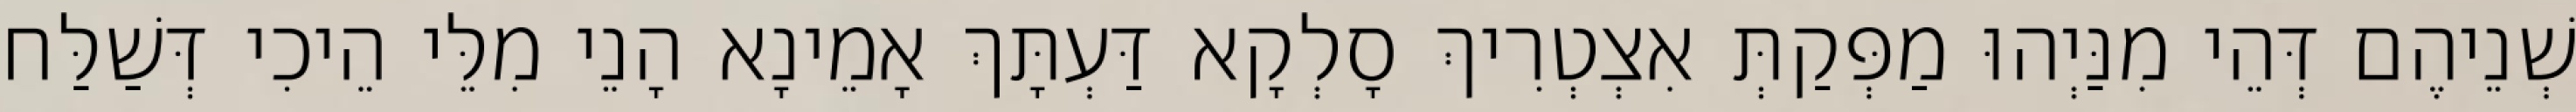
שְׁנֵיהֶם דְּהֵי מִנַּיְהוּ מַפְּקַתְּ אִצְטְרִיךְ סָלְקָא דַּעְתָּךְ אָמֵינָא הָנֵי מִלֵּי הֵיכִי דְּשַׁלַּח